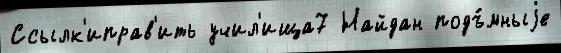
Ссылк'иправ'ить учил'ища7 Найдан подъ́мныjе